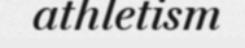
athletism